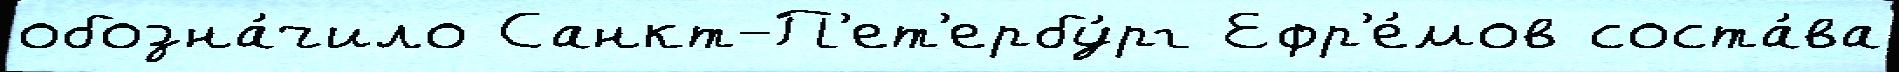
обозна́чило Санкт-П'ет'ербу́рг Ефр'е́мов соста́ва